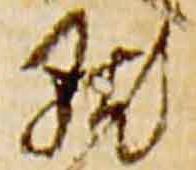
点